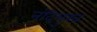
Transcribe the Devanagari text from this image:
नंदिमुख